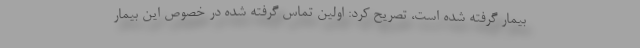
بیمار گرفته شده است، تصریح کرد: اولین تماس گرفته شده در خصوص این بیمار